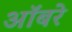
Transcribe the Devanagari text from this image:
ऑबरे